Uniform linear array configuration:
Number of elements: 4
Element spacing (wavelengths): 0.5
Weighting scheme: uniform
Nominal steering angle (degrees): -60
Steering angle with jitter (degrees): -60.743
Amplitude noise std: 0.05
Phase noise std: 0.05

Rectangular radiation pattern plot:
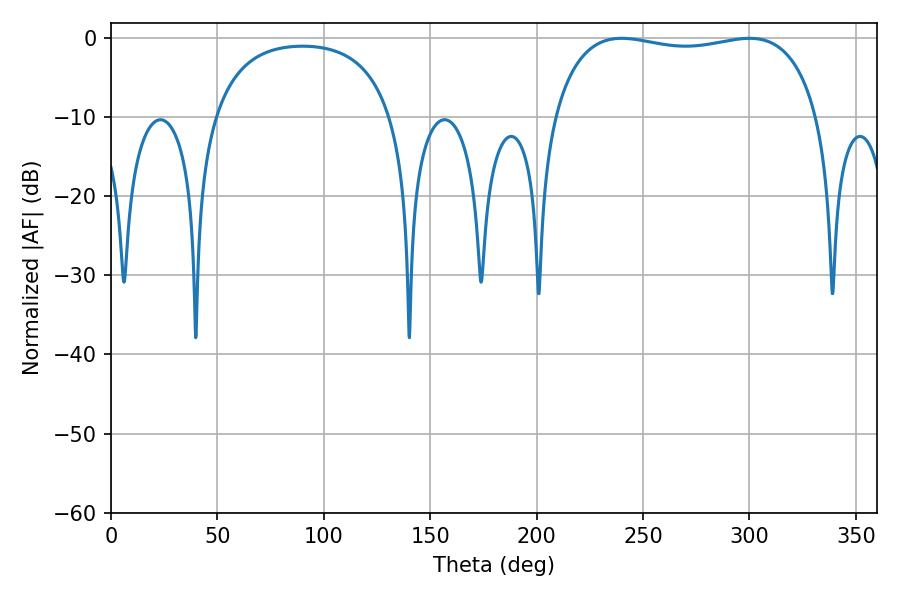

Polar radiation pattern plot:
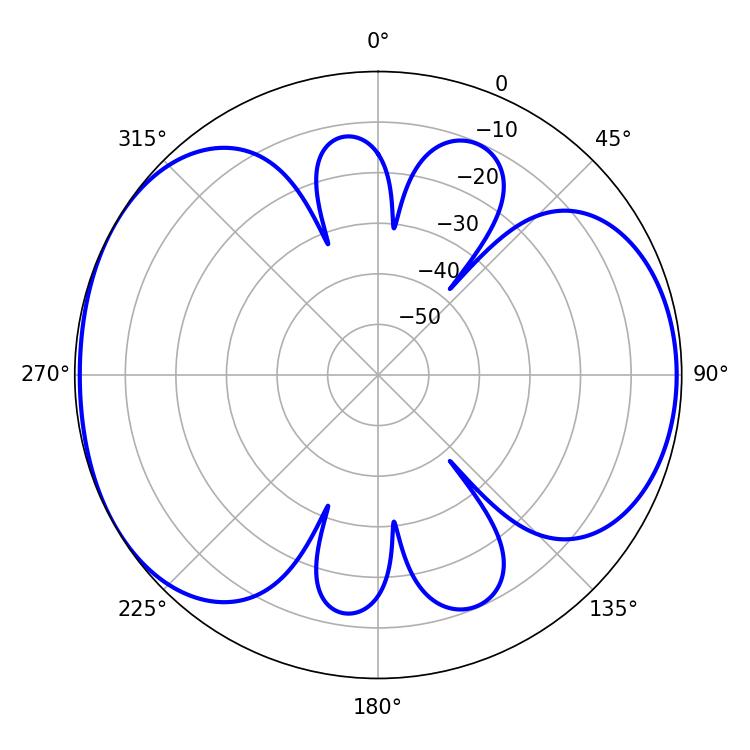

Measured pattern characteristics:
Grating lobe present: FALSE
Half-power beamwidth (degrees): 100.8
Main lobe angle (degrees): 239.94